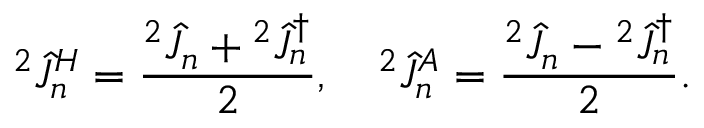
{ } ^ { 2 } \hat { J } _ { n } ^ { H } = \frac { { } ^ { 2 } \hat { J } _ { n } + { } ^ { 2 } \hat { J } _ { n } ^ { \dagger } } { 2 } , ~ ~ ~ { } ^ { 2 } \hat { J } _ { n } ^ { A } = \frac { { } ^ { 2 } \hat { J } _ { n } - { } ^ { 2 } \hat { J } _ { n } ^ { \dagger } } { 2 } .